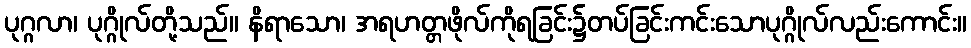
ပုဂ္ဂလာ၊ ပုဂ္ဂိုလ်တို့သည်။ နိရာသော၊ အရဟတ္တဖိုလ်ကိုရခြင်း၌တပ်ခြင်းကင်းသောပုဂ္ဂိုလ်လည်းကောင်း။